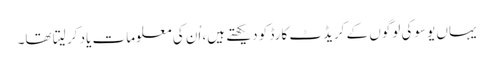
یہاں یوسوکی لوگوں کے کریڈٹ کارڈ کو دیکھتے ہیں، اُن کی معلومات یاد کر لیتا تھا۔